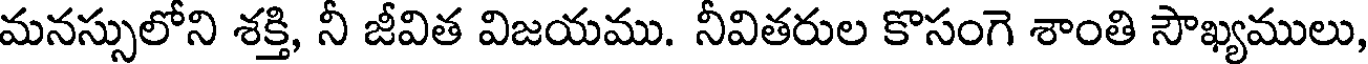
మనస్సులోని శక్తి, నీ జీవిత విజయము. నీవితరుల కొసంగె శాంతి సౌఖ్యములు,